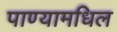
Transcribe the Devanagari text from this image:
पाण्यामधिल